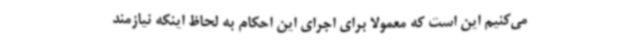
می‌کنیم این است که معمولاً برای اجرای این احکام به لحاظ اینکه نیازمند